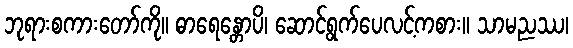
ဘုရားစကားတော်ကို။ ဓာရေန္တောပိ၊ ဆောင်ရွက်ပေလင့်ကစား။ သာမညဿ၊